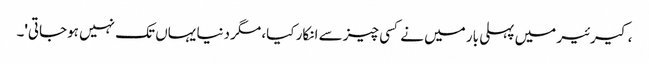
، کیرئیر میں پہلی بار میں نے کسی چیز سے انکار کیا، مگر دنیا یہاں تک نہیں ہوجاتی'۔